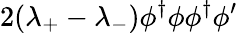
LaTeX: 2(\lambda_{+}-\lambda_{-})\phi^{\dagger}\phi\phi^{\dagger}\phi^{\prime}